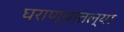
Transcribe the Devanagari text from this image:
घराण्यांतल्या